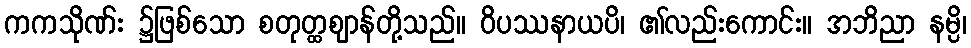
ကကသိုဏ်း ၌ဖြစ်သော စတုတ္ထဈာန်တို့သည်။ ဝိပဿနာယပိ၊ ၏လည်းကောင်း။ အဘိညာ နမ္ပိ၊